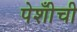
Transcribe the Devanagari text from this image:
पेशीँची